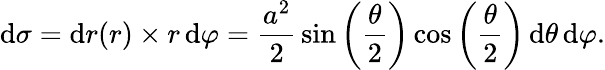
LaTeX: \mathrm{d}\sigma=\mathrm{d}r(r)\times r\, \mathrm{d}\varphi={\frac{a^{2}}{2}}\sin\left({\frac{\theta}{2}}\right)\cos\left({\frac{\theta}{2}}\right)\, \mathrm{d}\theta\, \mathrm{d}\varphi.